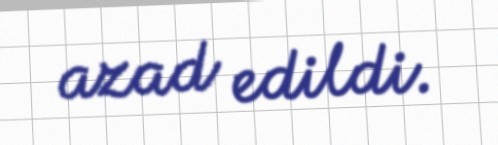
azad edildi.